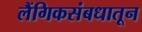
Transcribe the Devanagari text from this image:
लैंगिकसंबधातून